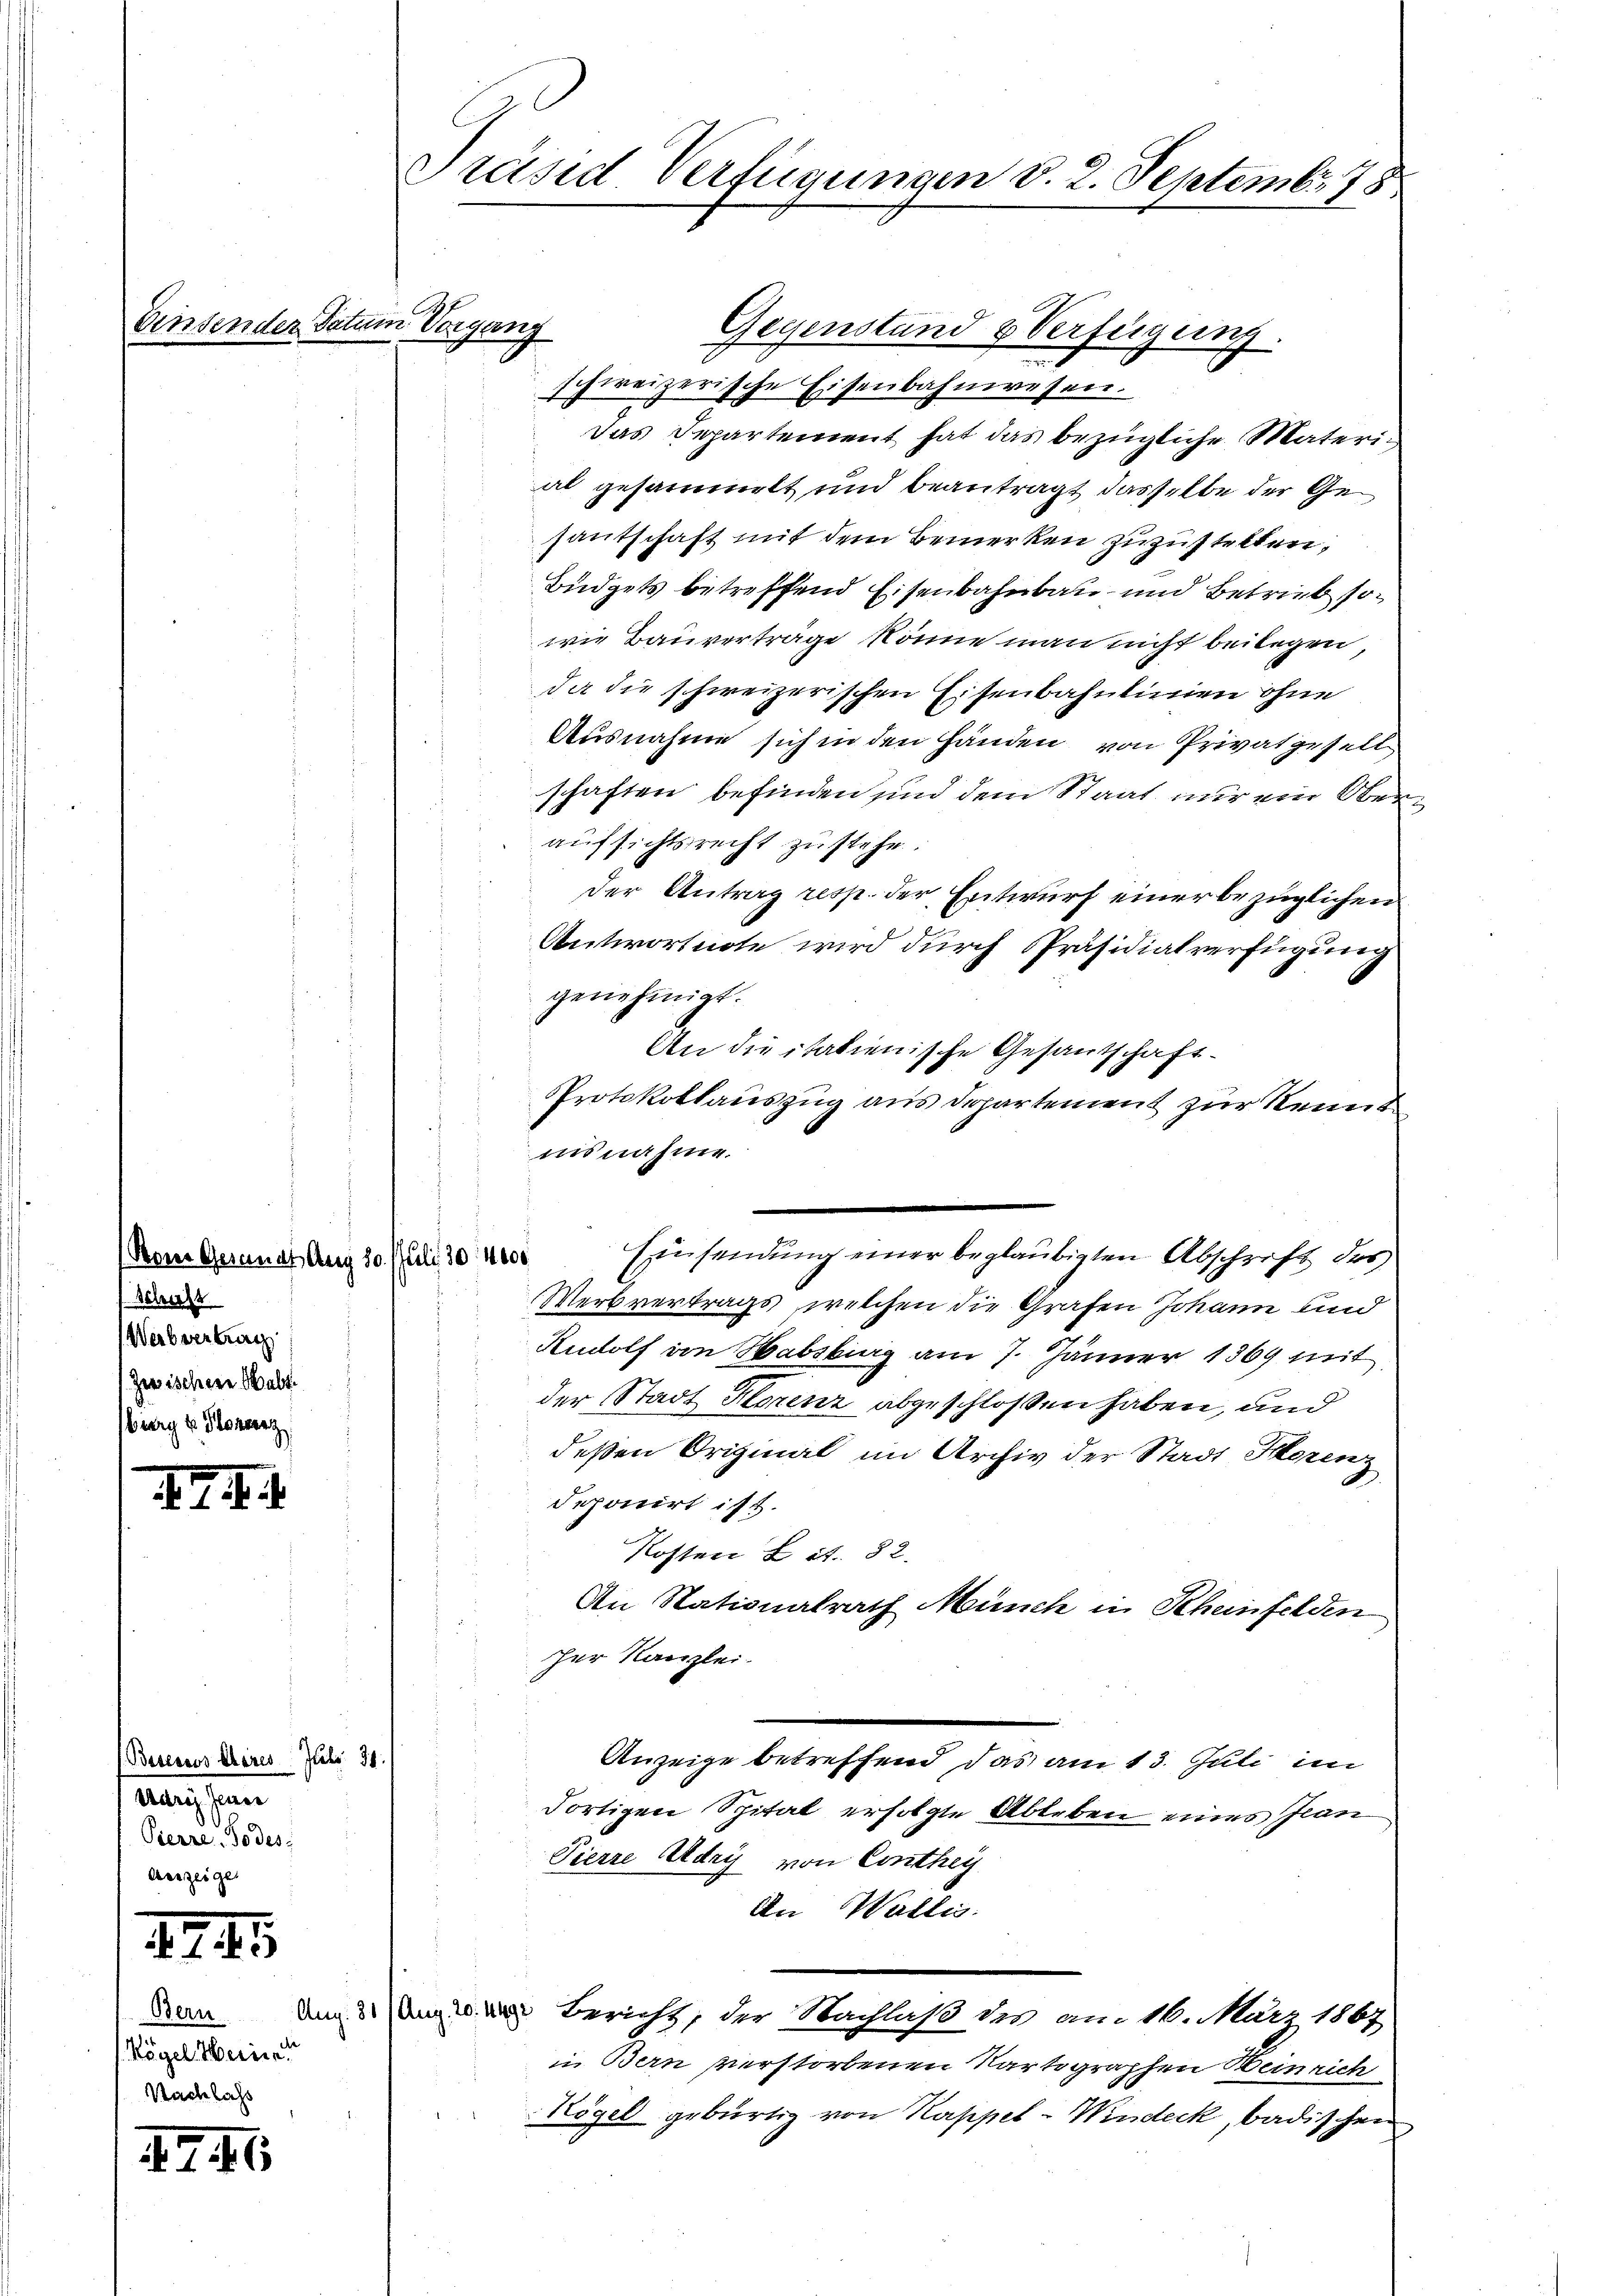
. . . .

45

47. 46

Einsender datum Vorgang

Rom Gesandt, Aug 30. Juli 30. 4000
len
Weibvertrag
Zwischere Balt
burg u. Florenz

Bern
. Vögel Heinr
Nachlass

(Besessus Chares Juli 31.
Meistan
Pierre, Todes

Präsid Verfügungen d. 2. Septembr. 178

Gegenstand & Verfügung.
schweizerische Eisenbahnwesen.
Das Departement hat das bezügliche Material gesammelt und beantragt dasselbe der Gesautschaft mit dem Bemerken zuzustellen,
Büdgets betreffend Eisenbahnbau und Betrieb sowie Bauverträge könne man nicht beilegen,
da die schweizerischen Eisenbahnlinien ohne
Ausnahme sich in den Händen von Privatgesell
schaften befinden und dem Staat nur ein Obeaufsichtsrecht zu stehe.
der Antrag resp. der Entwurf einer bezüglichen
s
Antwortnote wird durch Präsidialverfügung
genehmigt.
An die italienische Gesandschaft-
Protokollauszug aus Departement zur Kennt
d
iisnahme.
Einsendung einer beglaubigten Abschrift des
Werbvertrags, welchen die Grafen Johann und
Rudolf im Habsburg am 7. Jänner 1369 mit
der Stadt Horenz abgeschlossen haben, und
deßen Original im Archiv der Stadt Horenz
deponirt ist.
Kosten Lit. 82.
An Stationalrath Münch in Scheinfelden
zer Kanzlei.
Anzeige betreffend das am 13. Juli im
Fortigen Spital erfolgte Ableben eines Jan
Pierre Adry von Conthey
An Wallis.
um der Bericht, der Nachlaß des am 16. März 1867
in Bern verstorbenen Kartographen Beinrich
Kögel gebürtig von Kappel-Windeck, badischen